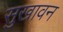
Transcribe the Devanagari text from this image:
सुखावन